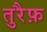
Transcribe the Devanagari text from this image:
तुरैफ़